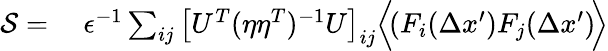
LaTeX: \begin{array}{rl}{\mathcal{S}=}&{{}~{\epsilon^{-1}}\sum_{ij}\big[U^{T}(\eta\eta^{T})^{-1}U\big]_{ij}\Big\langle\! (F_{i}(\Delta x^{\prime})F_{j}(\Delta{x}^{\prime})\! \Big\rangle}\end{array}